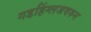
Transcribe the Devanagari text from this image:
गडहिंग्लजवरुन